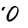
Character: O